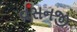
વસનજી